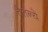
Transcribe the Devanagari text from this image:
चैतन्ये